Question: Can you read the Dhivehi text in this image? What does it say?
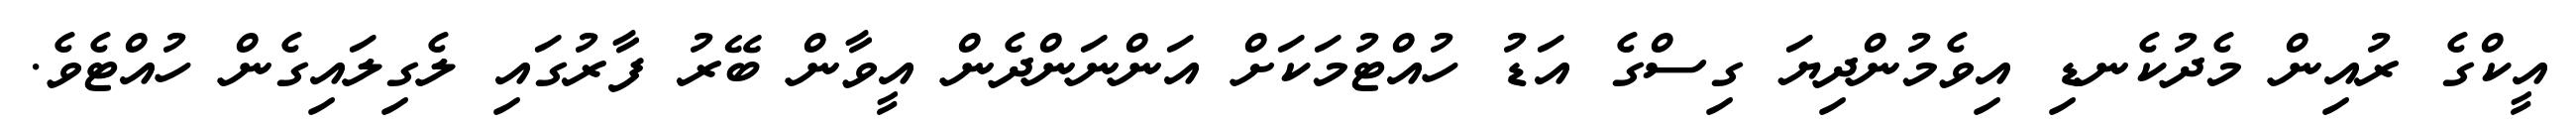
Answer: އީކްގެ ރުއިން މެދުކެނޑި އިވެމުންދިޔަ ގިސްގެ އަޑު ހުއްޓުމަކަށް އަންނަންދެން އީވާން ބޭރު ފާރުގައި ލެގިލައިގެން ހުއްޓެވެ.